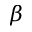
\boldsymbol \beta